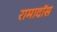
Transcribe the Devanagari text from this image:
रामादॉस